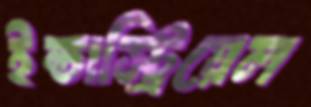
ইন্ডাস্ট্রিয়েল